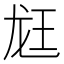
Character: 䶭